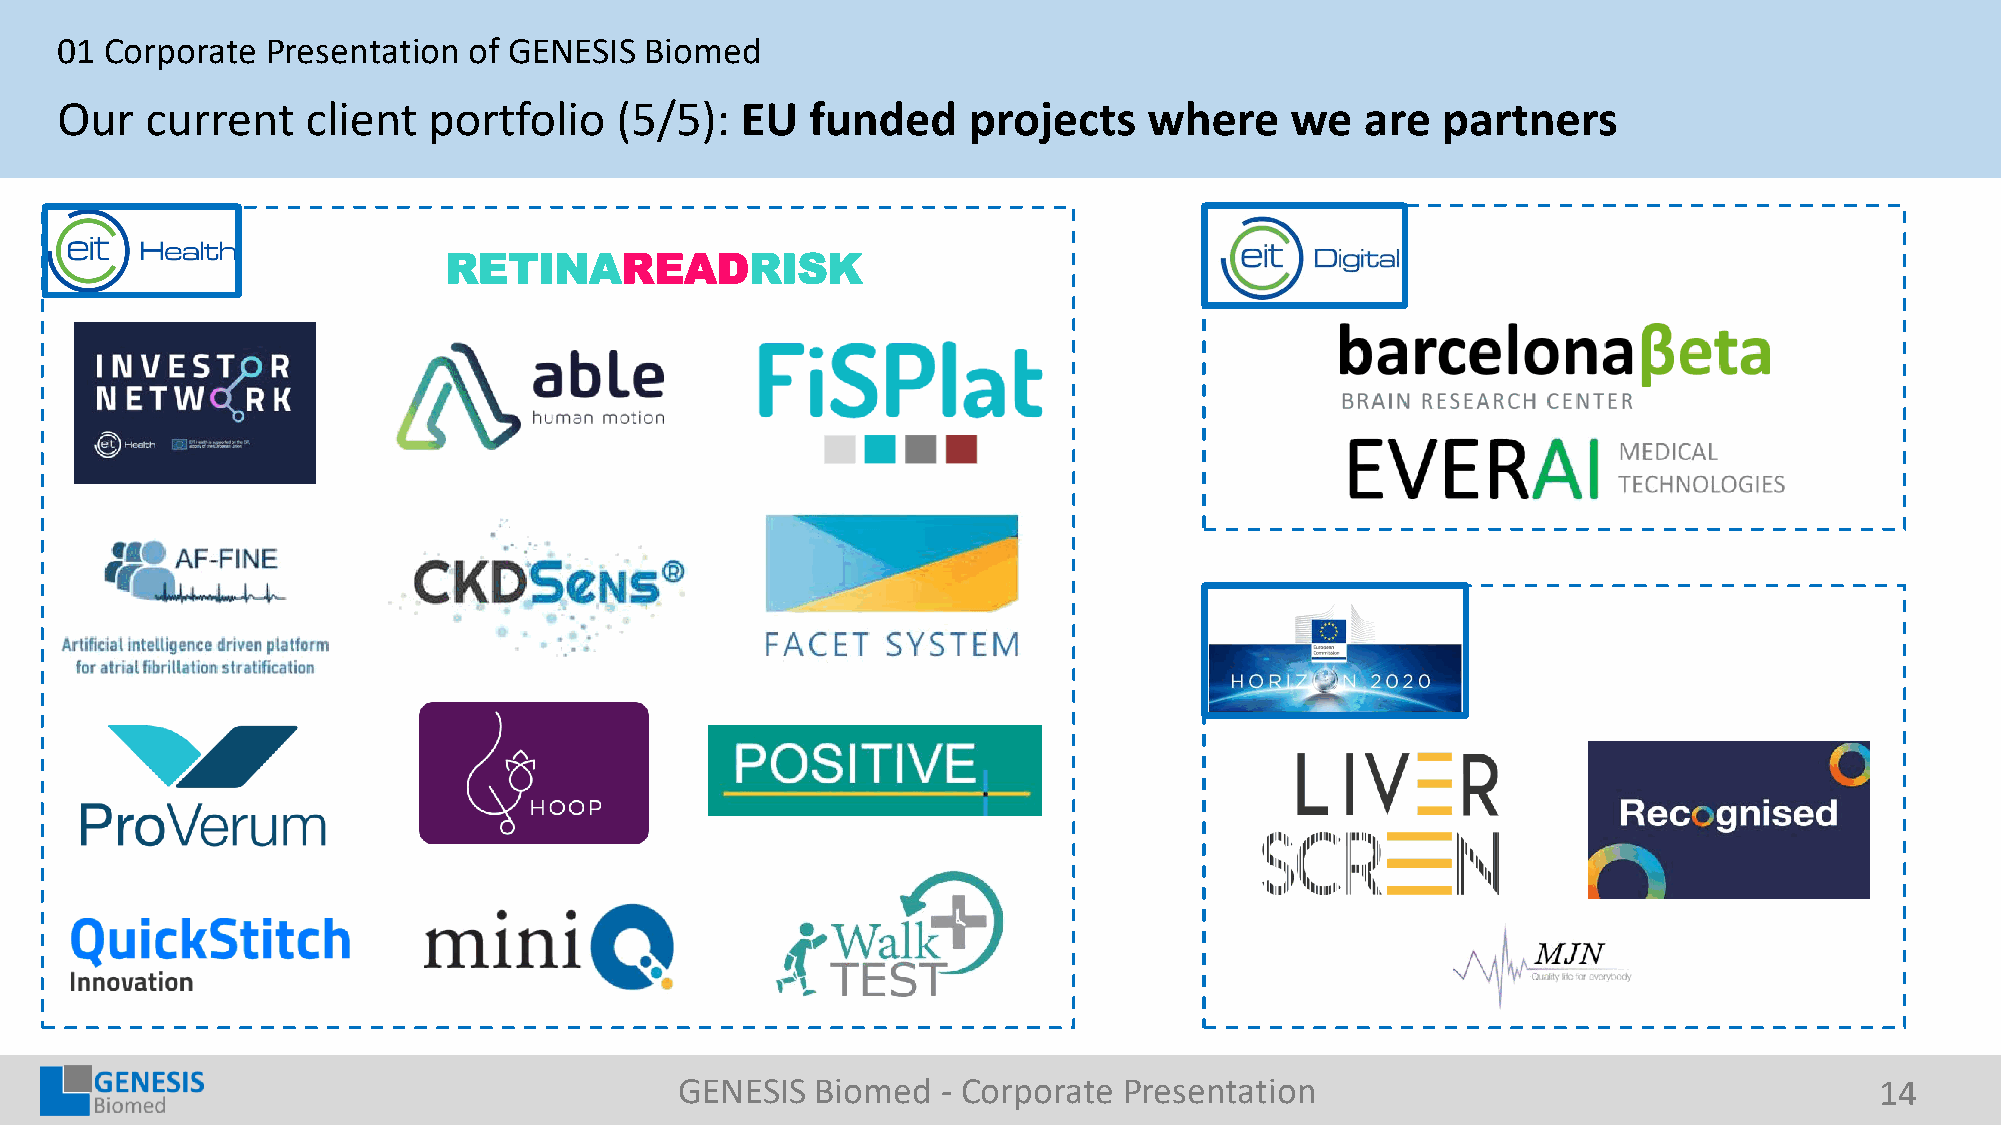
01 Corporate  Presentation of GENESIS  Biomed
 Our   current   client  portfolio    (5/5):  EU   funded    projects    where    we   are  partners
 RETINAREADRISK
 GENESIS  Biomed  - Corporate Presentation                                      14